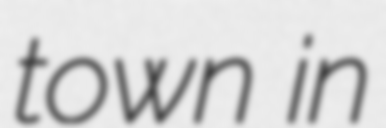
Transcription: town in